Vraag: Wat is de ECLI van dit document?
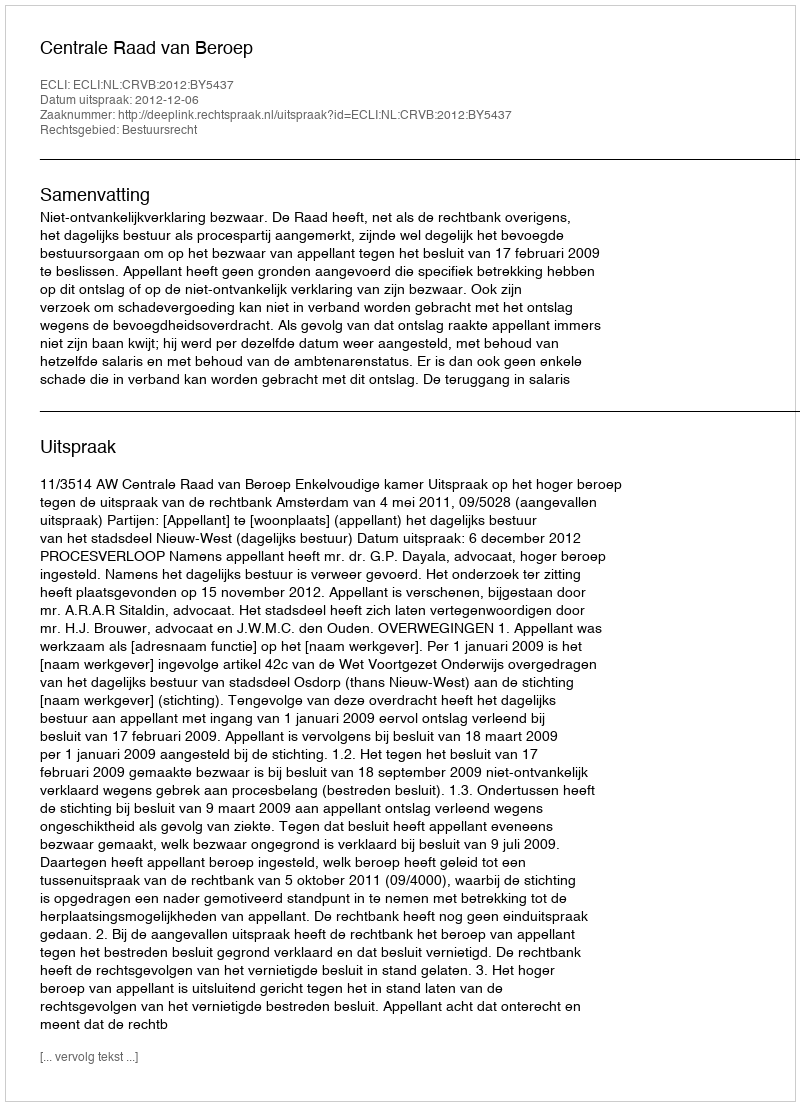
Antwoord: ECLI:NL:CRVB:2012:BY5437